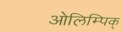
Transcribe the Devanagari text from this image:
ओलिम्पिक्